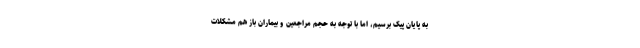
به پایان پیک برسیم، اما با توجه به حجم مراجعین و بیماران باز هم مشکلات